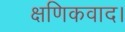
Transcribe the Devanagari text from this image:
क्षणिकवाद।